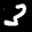
Label: 3